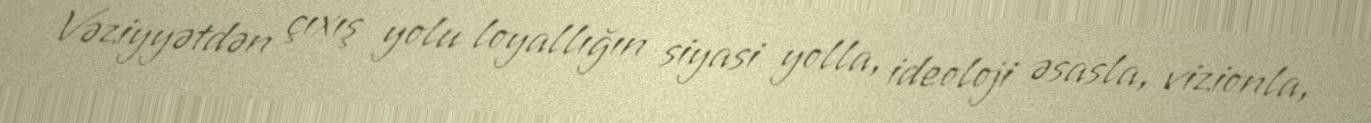
Vəziyyətdən çıxış yolu loyallığın siyasi yolla, ideoloji əsasla, vizionla,